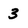
Character: 3